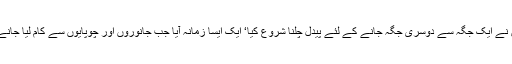
انسان نے ایک جگہ سے دوسری جگہ جانے کے لئے پیدل چلنا شروع کیا‘ ایک ایسا زمانہ آیا جب جانوروں اور چوپایوں سے کام لیا جانے لگا۔